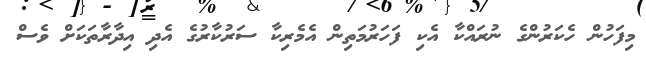
މިފަހުން ހެކަރުންގެ ނުރައްކާ އެކި ފަހަރުމަތިން އެމެރިކާ ސަރުކާރުގެ އެދި އިދާރާތަކަށް ވެސް